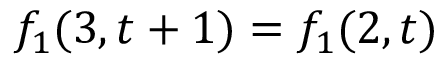
f _ { 1 } ( 3 , t + 1 ) = f _ { 1 } ( 2 , t )